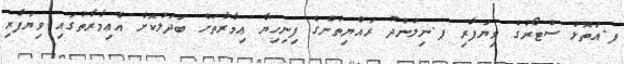
ފ.އަތޮޅު ސްޓޯރުގެ ވިޔަފާރި ފ.ނިލަންދޫ ރައްޔިތުންގެ ފިނިހިޔާ ޢިމާރާތަށް ބަދަލުކޮށް އެޢިމާރާތުގައި ވިޔަފާރި